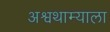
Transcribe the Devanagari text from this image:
अश्वथाम्याला